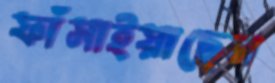
ফাঁসাইয়াছেন